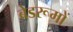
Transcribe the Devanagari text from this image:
बेडरूमों